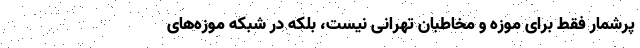
پرشمار فقط برای موزه و مخاطبان تهرانی نیست، بلکه در شبکه موزه‌های